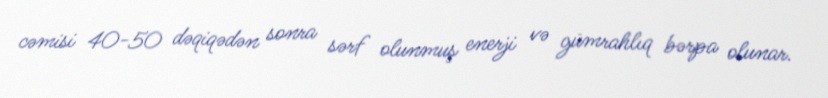
cəmisi 40-50 dəqiqədən sonra sərf olunmuş enerji və gümrahlıq bərpa olunar.